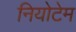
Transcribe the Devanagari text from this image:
नियोटेम